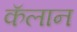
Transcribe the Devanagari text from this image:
कॅलान